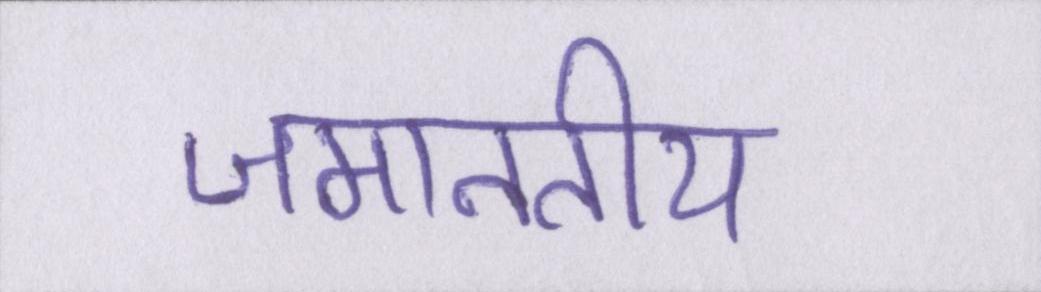
जमानतीय